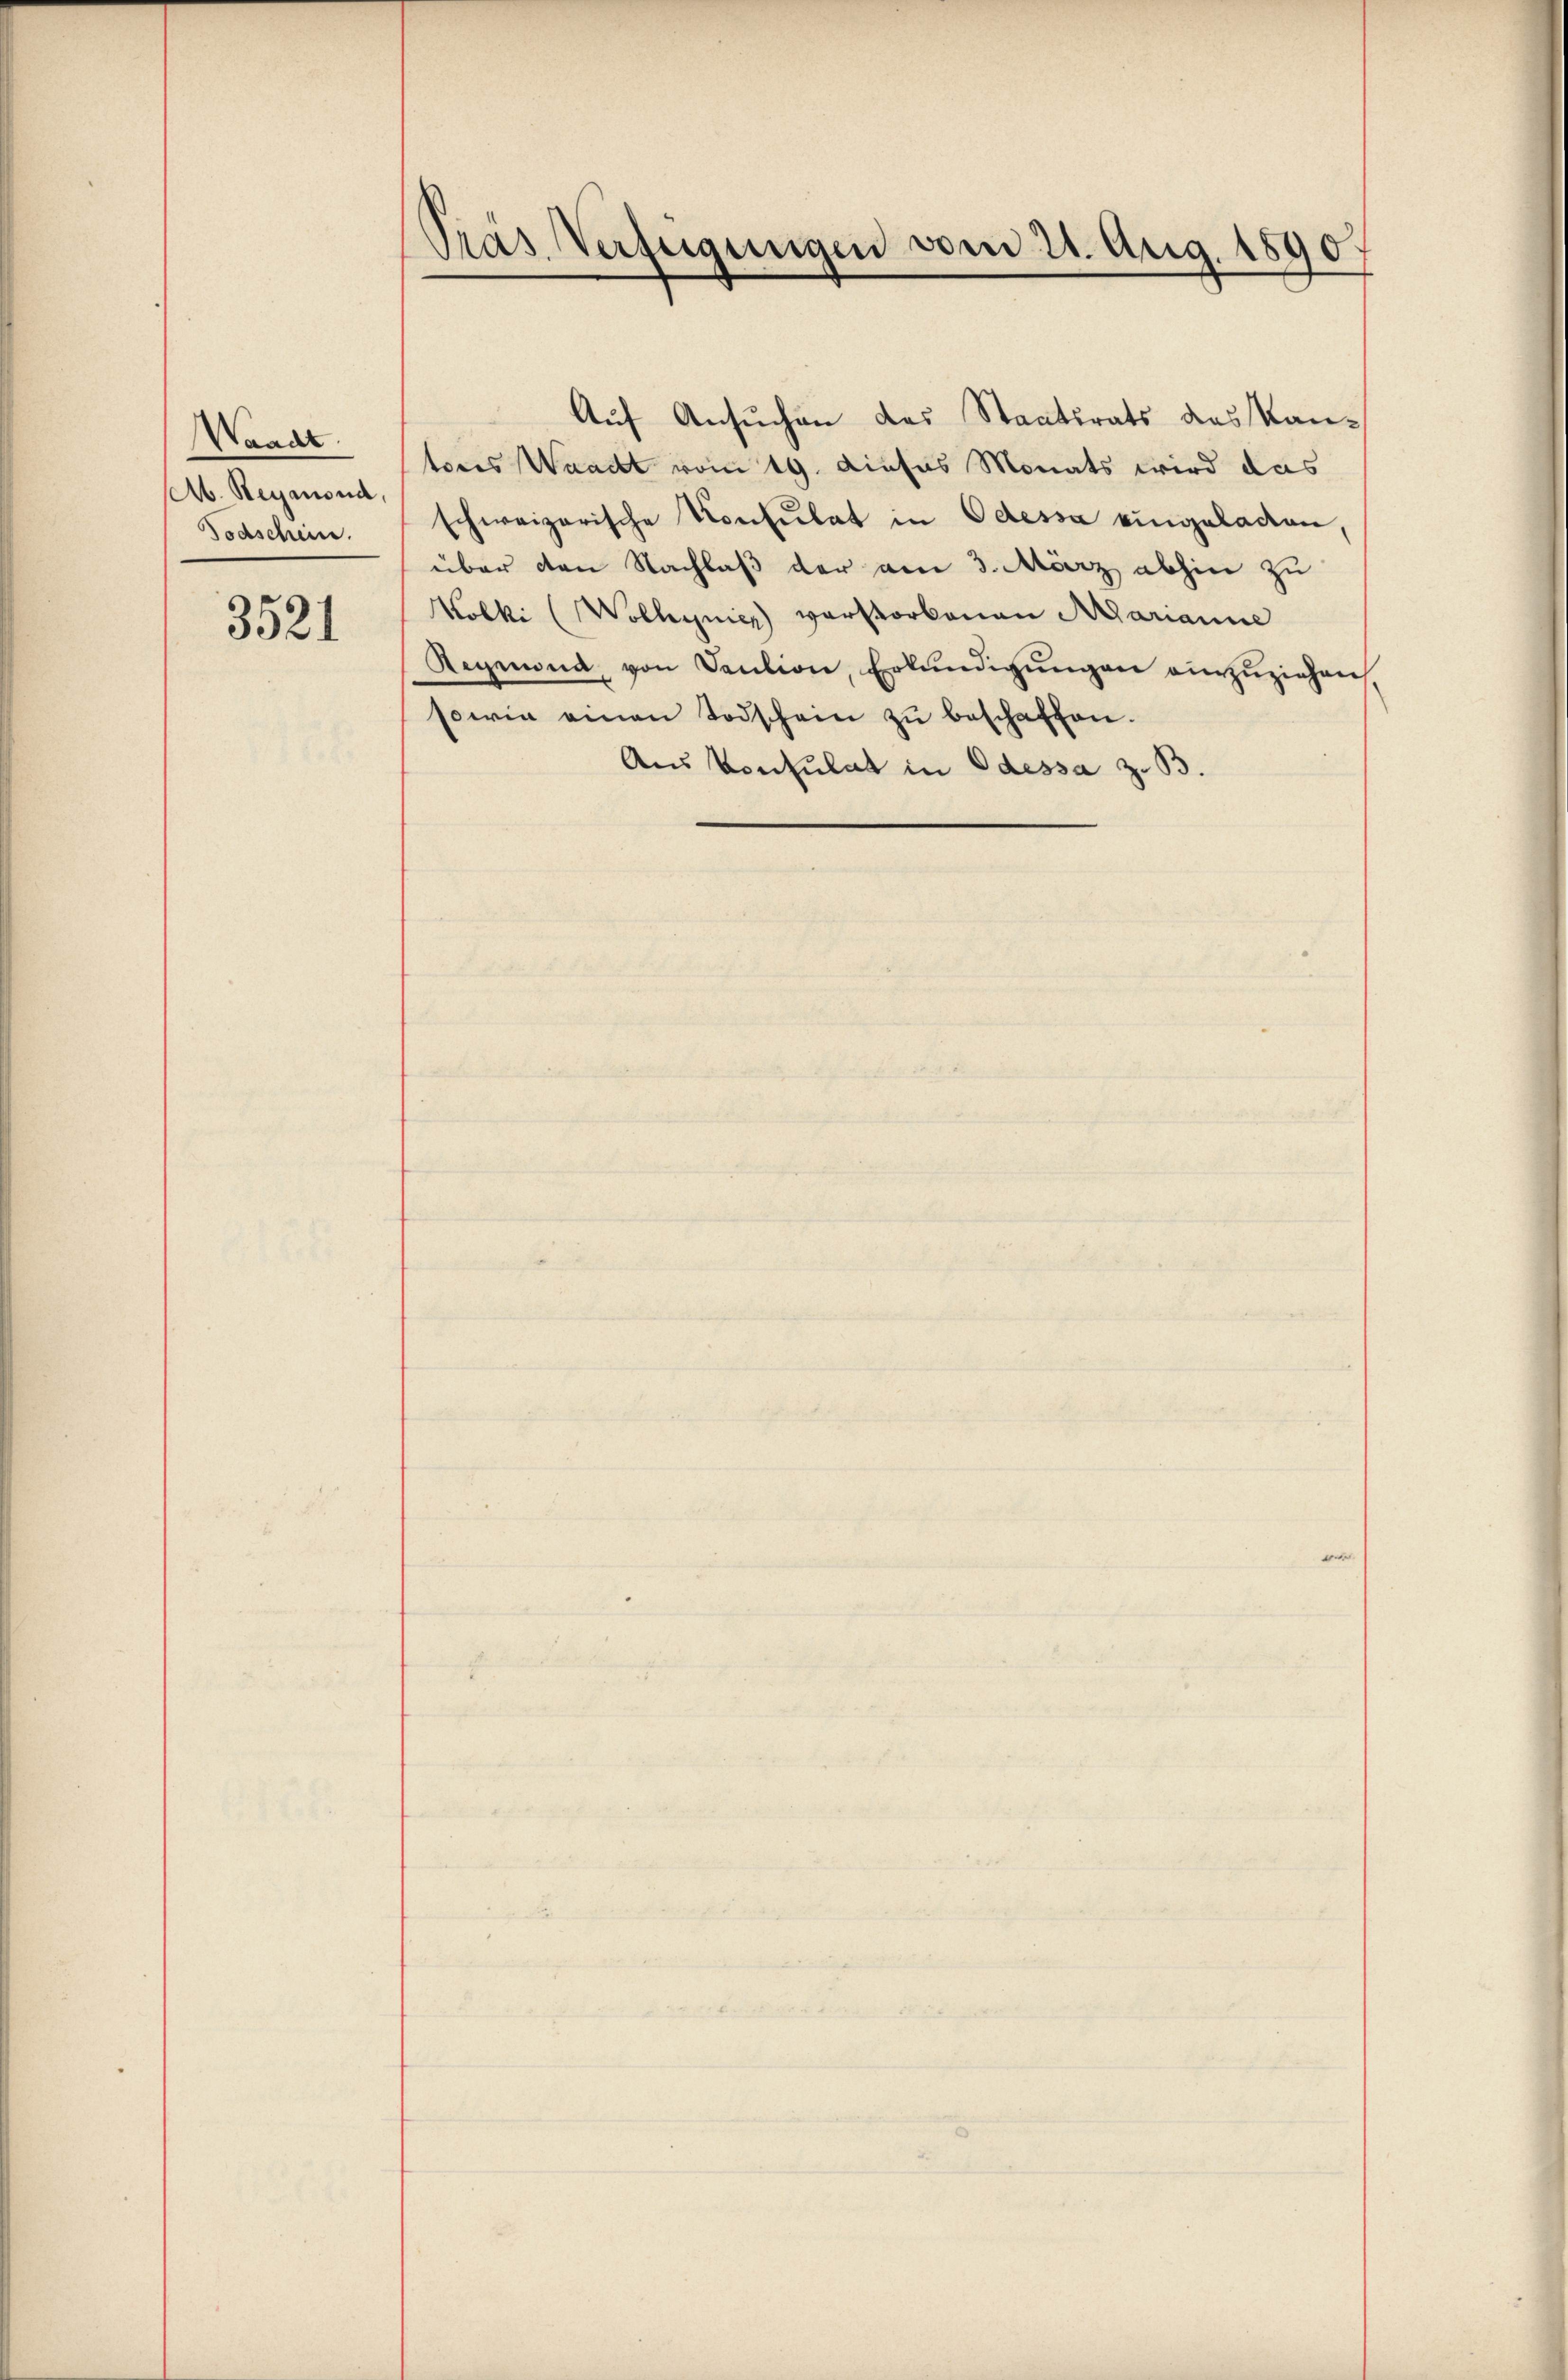
Waadt.
Ab. Reymond,
Todschein.

3521

Pras Verfügungen vom 21. Aug. 1890.

Auf Ansuchen des Staatsrats des Kantores Waadt vom 19. dieses Monats wird das
schweizerische Konsulat in Odessa eingeladen,
über den Nachlaß der am 3. März abhin zu
Molki (Wolhynies verstorbenen Marianne
Regemona, von Sention, Erkŭndigŭngen einzŭziehen
sowie einen Todschein zŭ beschaffen.
Aus Konsulat in Odessa z. B.